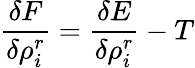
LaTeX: \frac{\delta F}{\delta\rho_{i}^{r}}=\frac{\delta E}{\delta\rho_{i}^{r}}-T